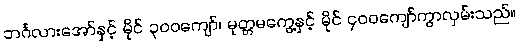
ဘင်္ဂလားအော်နှင့် မိုင် ၃၀၀ကျော်၊ မုတ္တမကွေ့နှင့် မိုင် ၄၀၀ကျော်ကွာလှမ်းသည်။